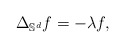
\begin{align*}\Delta_{\mathbb S^d} f =- \lambda f,\end{align*}